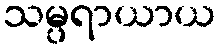
သမ္ပရာယာယ